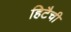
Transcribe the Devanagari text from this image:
हिटैची